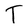
Character: T